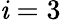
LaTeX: \mathit{i}=3